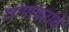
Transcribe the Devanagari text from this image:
छायांकरांचे